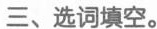
三、选词填空。